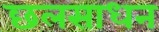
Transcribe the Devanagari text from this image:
छलसाधन